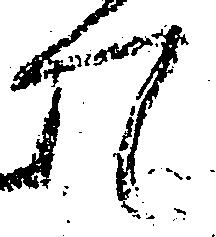
て